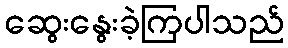
ဆွေးနွေးခဲ့ကြပါသည်